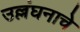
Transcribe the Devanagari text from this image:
उल्लंघनाचे